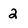
Character: 2